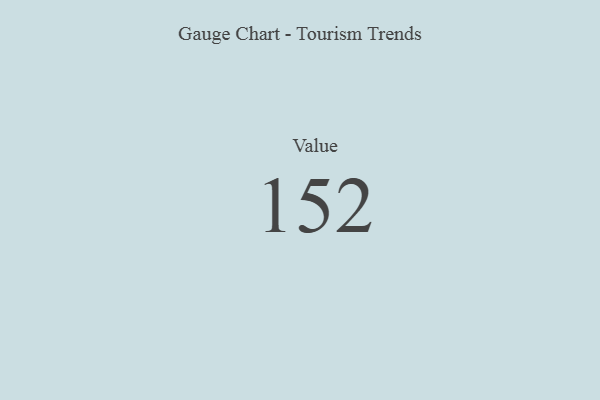
{"axis": {"x": "Metric", "y": "Value"}, "legend": [""], "data": [{"x": "Value", "y": 152, "type": ""}]}